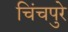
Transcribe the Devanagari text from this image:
चिंचपुरे